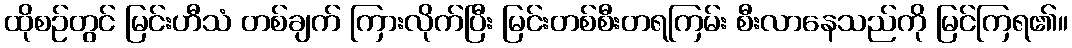
ထိုစဉ်တွင် မြင်းဟီသံ တစ်ချက် ကြားလိုက်ပြီး မြင်းတစ်စီးတရကြမ်း စီးလာနေသည်ကို မြင်ကြရ၏။